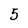
Character: 5